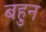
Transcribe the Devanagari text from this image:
बहुन